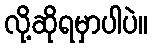
လို့ဆိုရမှာပါပဲ။